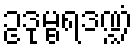
ဥဒုမ္ဗရဒဏ္ဍံ